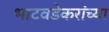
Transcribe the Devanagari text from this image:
भाटवडेकरांच्या